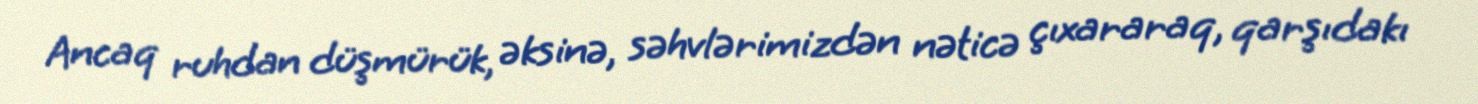
Ancaq ruhdan düşmürük, əksinə, səhvlərimizdən nəticə çıxararaq, qarşıdakı